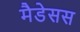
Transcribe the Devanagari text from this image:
मैडेसस